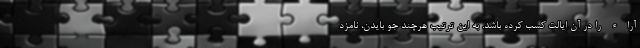
آراء را در آن ایالت کسب کرده باشد. به این ترتیب هرچند جو بایدن، نامزد